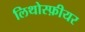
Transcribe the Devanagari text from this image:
लिथोस्फ़ीयर